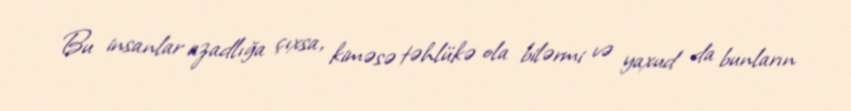
Bu insanlar azadlığa çıxsa, kiməsə təhlükə ola bilərmi və yaxud da bunların